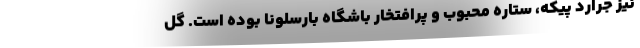
نیز جرارد پیکه، ستاره محبوب و پرافتخار باشگاه بارسلونا بوده است. گل